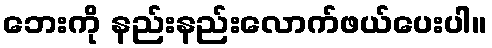
ဘေးကို နည်းနည်းလောက်ဖယ်ပေးပါ။